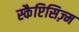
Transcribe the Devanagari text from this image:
स्कैप्टिसिज़्म